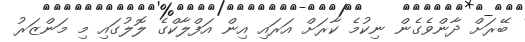
ބޭރަށް ދާންވެގެން ނިކުމެ ކާރަށް އަރައި އިން އަފްލާކްގެ ލޮލުގައި މި މަންޒަރު